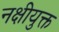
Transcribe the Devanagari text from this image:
नक्षीयुक्त